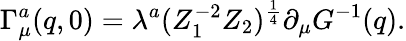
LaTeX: \Gamma_{\mu}^{a}(q,0)=\lambda^{a}(Z_{1}^{-2}Z_{2})^{\frac{1}{4}}\partial_{\mu}G^{-1}(q).